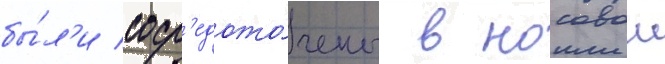
бы́л'и соср'едото́чены в носовои